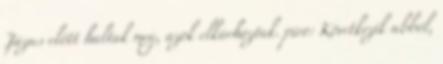
Jázus előtt haltak meg, azok elkárhoztak. piro: Következik abból,